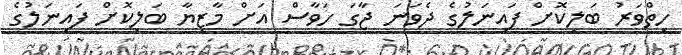
ހިތްވަރު ބަލިކޮށް ފައިނަލުގެ ދެވަނަ ޖާގަ ހަވާސް އަށް މާޒިޔާ ބަލިކޮށް ފަައިނަލުގެ